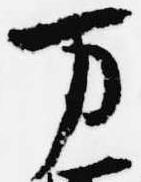
万